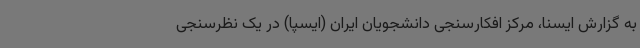
به گزارش ایسنا، مرکز افکارسنجی دانشجویان ایران (ایسپا) در یک نظرسنجی